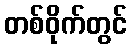
တစ်ဝိုက်တွင်